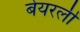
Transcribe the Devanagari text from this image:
बेयरली